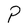
Character: P